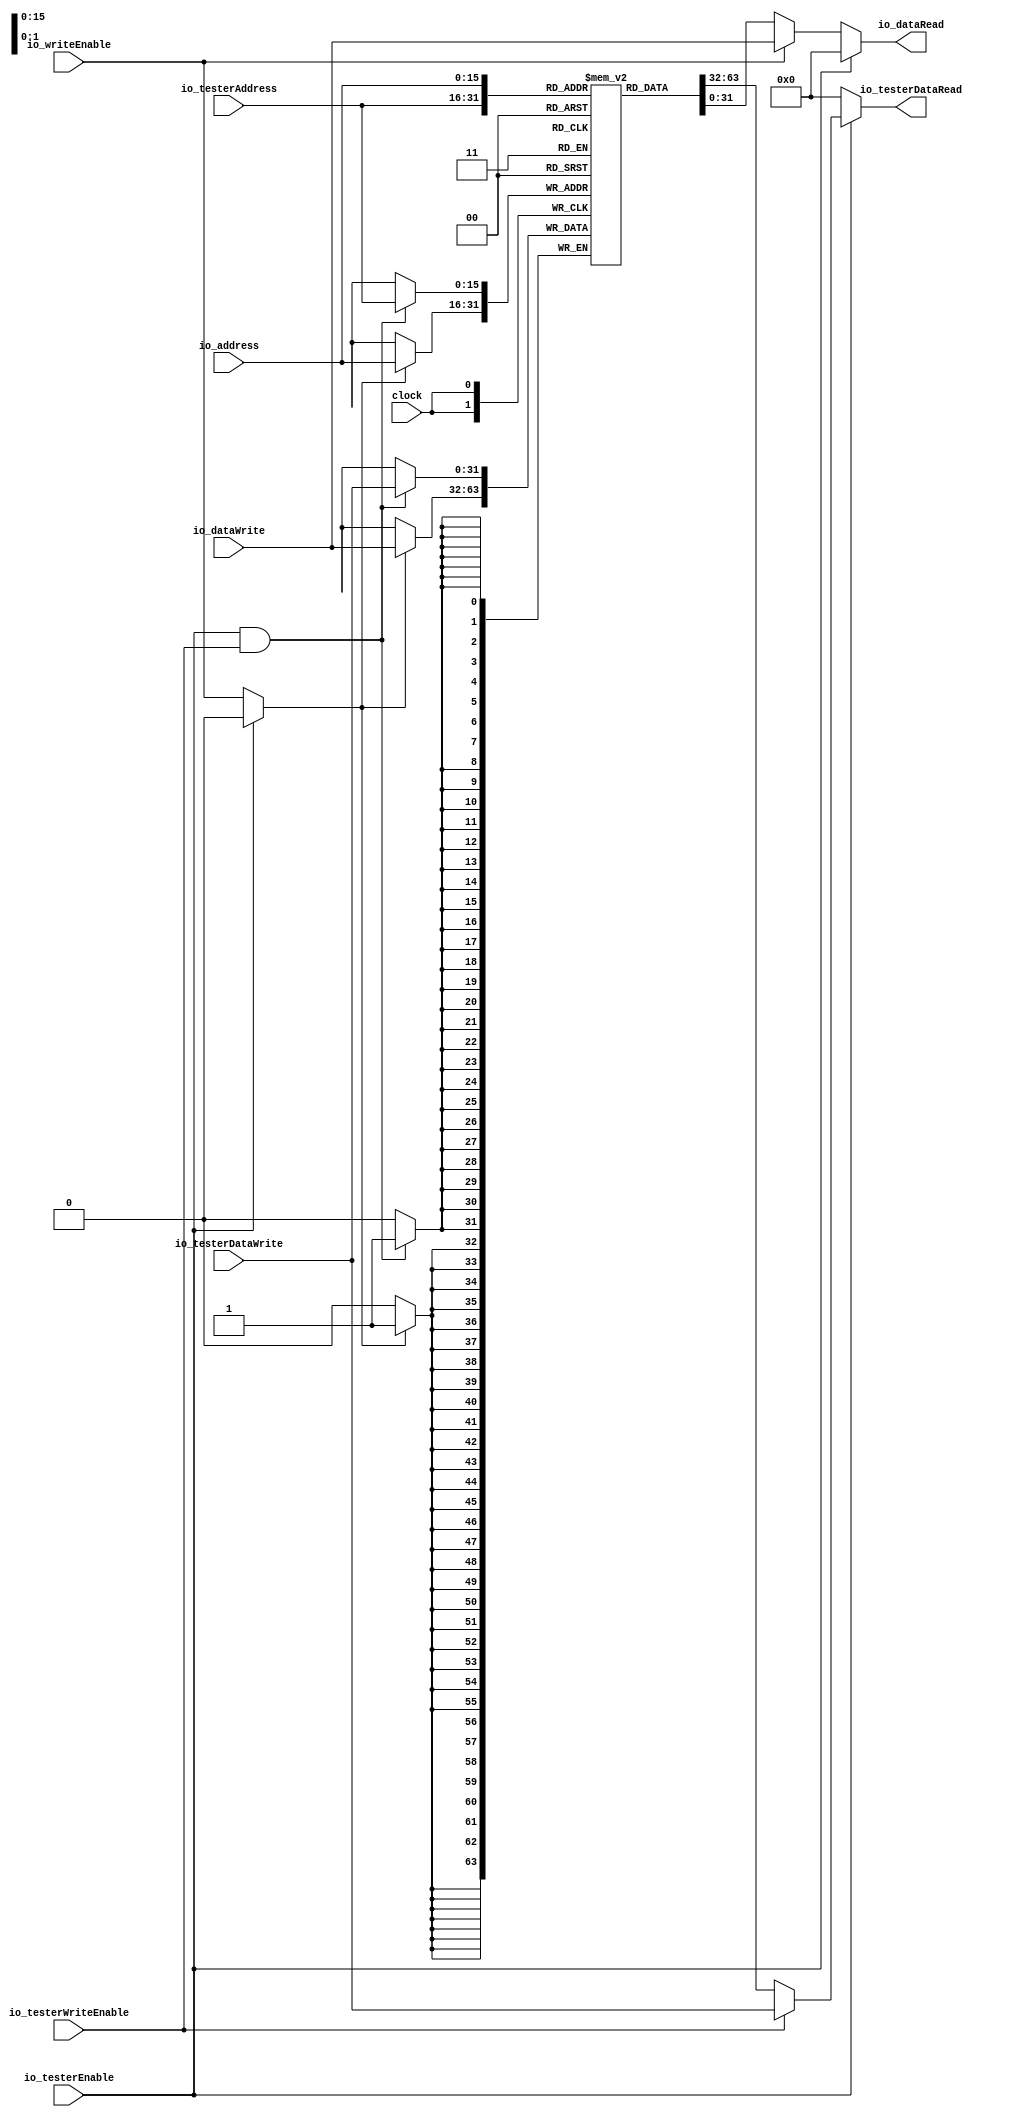
module DataMemory(
  input         clock,
  input  [15:0] io_address,
  output [31:0] io_dataRead,
  input         io_writeEnable,
  input  [31:0] io_dataWrite,
  input         io_testerEnable,
  input  [15:0] io_testerAddress,
  output [31:0] io_testerDataRead,
  input         io_testerWriteEnable,
  input  [31:0] io_testerDataWrite
);
`ifdef RANDOMIZE_MEM_INIT
  reg [31:0] _RAND_0;
`endif // RANDOMIZE_MEM_INIT
  reg [31:0] memory [0:65535]; // @[DataMemory.scala 18:20]
  wire [31:0] memory__T_data; // @[DataMemory.scala 18:20]
  wire [15:0] memory__T_addr; // @[DataMemory.scala 18:20]
  wire [31:0] memory__T_2_data; // @[DataMemory.scala 18:20]
  wire [15:0] memory__T_2_addr; // @[DataMemory.scala 18:20]
  wire [31:0] memory__T_1_data; // @[DataMemory.scala 18:20]
  wire [15:0] memory__T_1_addr; // @[DataMemory.scala 18:20]
  wire  memory__T_1_mask; // @[DataMemory.scala 18:20]
  wire  memory__T_1_en; // @[DataMemory.scala 18:20]
  wire [31:0] memory__T_3_data; // @[DataMemory.scala 18:20]
  wire [15:0] memory__T_3_addr; // @[DataMemory.scala 18:20]
  wire  memory__T_3_mask; // @[DataMemory.scala 18:20]
  wire  memory__T_3_en; // @[DataMemory.scala 18:20]
  wire [31:0] _GEN_5 = io_testerWriteEnable ? io_testerDataWrite : memory__T_data; // @[DataMemory.scala 27:32]
  wire [31:0] _GEN_11 = io_writeEnable ? io_dataWrite : memory__T_2_data; // @[DataMemory.scala 37:26]
  assign memory__T_addr = io_testerAddress;
  assign memory__T_data = memory[memory__T_addr]; // @[DataMemory.scala 18:20]
  assign memory__T_2_addr = io_address;
  assign memory__T_2_data = memory[memory__T_2_addr]; // @[DataMemory.scala 18:20]
  assign memory__T_1_data = io_testerDataWrite;
  assign memory__T_1_addr = io_testerAddress;
  assign memory__T_1_mask = 1'h1;
  assign memory__T_1_en = io_testerEnable & io_testerWriteEnable;
  assign memory__T_3_data = io_dataWrite;
  assign memory__T_3_addr = io_address;
  assign memory__T_3_mask = 1'h1;
  assign memory__T_3_en = io_testerEnable ? 1'h0 : io_writeEnable;
  assign io_dataRead = io_testerEnable ? 32'h0 : _GEN_11; // @[DataMemory.scala 26:17 DataMemory.scala 34:17 DataMemory.scala 40:19]
  assign io_testerDataRead = io_testerEnable ? _GEN_5 : 32'h0; // @[DataMemory.scala 24:23 DataMemory.scala 30:25 DataMemory.scala 36:23]
`ifdef RANDOMIZE_GARBAGE_ASSIGN
`define RANDOMIZE
`endif
`ifdef RANDOMIZE_INVALID_ASSIGN
`define RANDOMIZE
`endif
`ifdef RANDOMIZE_REG_INIT
`define RANDOMIZE
`endif
`ifdef RANDOMIZE_MEM_INIT
`define RANDOMIZE
`endif
`ifndef RANDOM
`define RANDOM $random
`endif
`ifdef RANDOMIZE_MEM_INIT
  integer initvar;
`endif
`ifndef SYNTHESIS
`ifdef FIRRTL_BEFORE_INITIAL
`FIRRTL_BEFORE_INITIAL
`endif
initial begin
  `ifdef RANDOMIZE
    `ifdef INIT_RANDOM
      `INIT_RANDOM
    `endif
    `ifndef VERILATOR
      `ifdef RANDOMIZE_DELAY
        #`RANDOMIZE_DELAY begin end
      `else
        #0.002 begin end
      `endif
    `endif
`ifdef RANDOMIZE_MEM_INIT
  _RAND_0 = {1{`RANDOM}};
  for (initvar = 0; initvar < 65536; initvar = initvar+1)
    memory[initvar] = _RAND_0[31:0];
`endif // RANDOMIZE_MEM_INIT
  `endif // RANDOMIZE
end // initial
`ifdef FIRRTL_AFTER_INITIAL
`FIRRTL_AFTER_INITIAL
`endif
`endif // SYNTHESIS
  always @(posedge clock) begin
    if(memory__T_1_en & memory__T_1_mask) begin
      memory[memory__T_1_addr] <= memory__T_1_data; // @[DataMemory.scala 18:20]
    end
    if(memory__T_3_en & memory__T_3_mask) begin
      memory[memory__T_3_addr] <= memory__T_3_data; // @[DataMemory.scala 18:20]
    end
  end
endmodule
module Hello(
  input         clock,
  input         reset,
  output        io_done,
  input         io_start,
  input         io_testerDataMemEnable,
  input  [15:0] io_testerDataMemAddress,
  output [31:0] io_testerDataMemDataRead,
  input         io_testerDataMemWriteEnable,
  input  [31:0] io_testerDataMemDataWrite
);
`ifdef RANDOMIZE_REG_INIT
  reg [31:0] _RAND_0;
  reg [31:0] _RAND_1;
  reg [31:0] _RAND_2;
`endif // RANDOMIZE_REG_INIT
  wire  dataMemory_clock; // @[Hello.scala 33:26]
  wire [15:0] dataMemory_io_address; // @[Hello.scala 33:26]
  wire [31:0] dataMemory_io_dataRead; // @[Hello.scala 33:26]
  wire  dataMemory_io_writeEnable; // @[Hello.scala 33:26]
  wire [31:0] dataMemory_io_dataWrite; // @[Hello.scala 33:26]
  wire  dataMemory_io_testerEnable; // @[Hello.scala 33:26]
  wire [15:0] dataMemory_io_testerAddress; // @[Hello.scala 33:26]
  wire [31:0] dataMemory_io_testerDataRead; // @[Hello.scala 33:26]
  wire  dataMemory_io_testerWriteEnable; // @[Hello.scala 33:26]
  wire [31:0] dataMemory_io_testerDataWrite; // @[Hello.scala 33:26]
  reg [1:0] stateReg; // @[Hello.scala 37:25]
  reg [15:0] addressReg; // @[Hello.scala 40:27]
  reg [31:0] dataReg; // @[Hello.scala 41:24]
  wire  _T = 2'h0 == stateReg; // @[Conditional.scala 37:30]
  wire  _T_1 = 2'h1 == stateReg; // @[Conditional.scala 37:30]
  wire [7:0] _T_3 = ~dataMemory_io_dataRead[7:0]; // @[Hello.scala 60:33]
  wire [31:0] _T_4 = {24'h0,_T_3}; // @[Cat.scala 29:58]
  wire  _T_5 = 2'h2 == stateReg; // @[Conditional.scala 37:30]
  wire [15:0] _T_7 = addressReg + 16'h190; // @[Hello.scala 65:43]
  wire [15:0] _T_9 = addressReg + 16'h1; // @[Hello.scala 67:32]
  wire  _T_10 = addressReg == 16'h18f; // @[Hello.scala 68:23]
  wire  _T_11 = 2'h3 == stateReg; // @[Conditional.scala 37:30]
  wire [15:0] _GEN_5 = _T_5 ? _T_7 : 16'h0; // @[Conditional.scala 39:67]
  wire  _GEN_9 = _T_5 ? 1'h0 : _T_11; // @[Conditional.scala 39:67]
  wire [15:0] _GEN_10 = _T_1 ? addressReg : _GEN_5; // @[Conditional.scala 39:67]
  wire  _GEN_13 = _T_1 ? 1'h0 : _T_5; // @[Conditional.scala 39:67]
  wire  _GEN_15 = _T_1 ? 1'h0 : _GEN_9; // @[Conditional.scala 39:67]
  DataMemory dataMemory ( // @[Hello.scala 33:26]
    .clock(dataMemory_clock),
    .io_address(dataMemory_io_address),
    .io_dataRead(dataMemory_io_dataRead),
    .io_writeEnable(dataMemory_io_writeEnable),
    .io_dataWrite(dataMemory_io_dataWrite),
    .io_testerEnable(dataMemory_io_testerEnable),
    .io_testerAddress(dataMemory_io_testerAddress),
    .io_testerDataRead(dataMemory_io_testerDataRead),
    .io_testerWriteEnable(dataMemory_io_testerWriteEnable),
    .io_testerDataWrite(dataMemory_io_testerDataWrite)
  );
  assign io_done = _T ? 1'h0 : _GEN_15; // @[Hello.scala 47:11 Hello.scala 76:15]
  assign io_testerDataMemDataRead = dataMemory_io_testerDataRead; // @[Hello.scala 83:28]
  assign dataMemory_clock = clock;
  assign dataMemory_io_address = _T ? 16'h0 : _GEN_10; // @[Hello.scala 45:25 Hello.scala 59:29 Hello.scala 65:29]
  assign dataMemory_io_writeEnable = _T ? 1'h0 : _GEN_13; // @[Hello.scala 44:29 Hello.scala 66:33]
  assign dataMemory_io_dataWrite = dataReg; // @[Hello.scala 46:27]
  assign dataMemory_io_testerEnable = io_testerDataMemEnable; // @[Hello.scala 85:30]
  assign dataMemory_io_testerAddress = io_testerDataMemAddress; // @[Hello.scala 82:31]
  assign dataMemory_io_testerWriteEnable = io_testerDataMemWriteEnable; // @[Hello.scala 86:35]
  assign dataMemory_io_testerDataWrite = io_testerDataMemDataWrite; // @[Hello.scala 84:33]
`ifdef RANDOMIZE_GARBAGE_ASSIGN
`define RANDOMIZE
`endif
`ifdef RANDOMIZE_INVALID_ASSIGN
`define RANDOMIZE
`endif
`ifdef RANDOMIZE_REG_INIT
`define RANDOMIZE
`endif
`ifdef RANDOMIZE_MEM_INIT
`define RANDOMIZE
`endif
`ifndef RANDOM
`define RANDOM $random
`endif
`ifdef RANDOMIZE_MEM_INIT
  integer initvar;
`endif
`ifndef SYNTHESIS
`ifdef FIRRTL_BEFORE_INITIAL
`FIRRTL_BEFORE_INITIAL
`endif
initial begin
  `ifdef RANDOMIZE
    `ifdef INIT_RANDOM
      `INIT_RANDOM
    `endif
    `ifndef VERILATOR
      `ifdef RANDOMIZE_DELAY
        #`RANDOMIZE_DELAY begin end
      `else
        #0.002 begin end
      `endif
    `endif
`ifdef RANDOMIZE_REG_INIT
  _RAND_0 = {1{`RANDOM}};
  stateReg = _RAND_0[1:0];
  _RAND_1 = {1{`RANDOM}};
  addressReg = _RAND_1[15:0];
  _RAND_2 = {1{`RANDOM}};
  dataReg = _RAND_2[31:0];
`endif // RANDOMIZE_REG_INIT
  `endif // RANDOMIZE
end // initial
`ifdef FIRRTL_AFTER_INITIAL
`FIRRTL_AFTER_INITIAL
`endif
`endif // SYNTHESIS
  always @(posedge clock) begin
    if (reset) begin
      stateReg <= 2'h0;
    end else if (_T) begin
      if (io_start) begin
        stateReg <= 2'h1;
      end
    end else if (_T_1) begin
      stateReg <= 2'h2;
    end else if (_T_5) begin
      if (_T_10) begin
        stateReg <= 2'h3;
      end else begin
        stateReg <= 2'h1;
      end
    end else if (_T_11) begin
      stateReg <= 2'h3;
    end
    if (reset) begin
      addressReg <= 16'h0;
    end else if (_T) begin
      if (io_start) begin
        addressReg <= 16'h0;
      end
    end else if (!(_T_1)) begin
      if (_T_5) begin
        addressReg <= _T_9;
      end
    end
    if (reset) begin
      dataReg <= 32'h0;
    end else if (!(_T)) begin
      if (_T_1) begin
        dataReg <= _T_4;
      end
    end
  end
endmodule